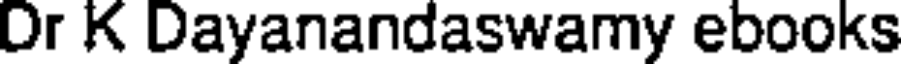
Dr K Dayanandaswamy ebooks